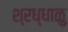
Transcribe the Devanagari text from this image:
श्रध्धाळु